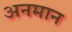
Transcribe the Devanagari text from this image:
अनमान